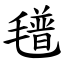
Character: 氆